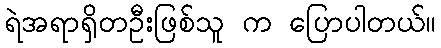
ရဲအရာရှိတဦးဖြစ်သူ က ပြောပါတယ်။